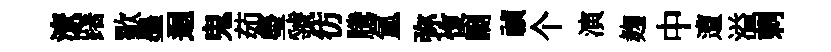
潦躇歜墨迴鬼茹瑩虢彷騰氲弥愎劂禎个演麹中遭溢刺